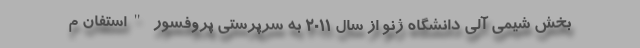
بخش شیمی آلی دانشگاه ژنو از سال ۲۰۱۱ به سرپرستی پروفسور "استفان م